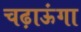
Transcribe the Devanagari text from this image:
चढ़ाऊंगा